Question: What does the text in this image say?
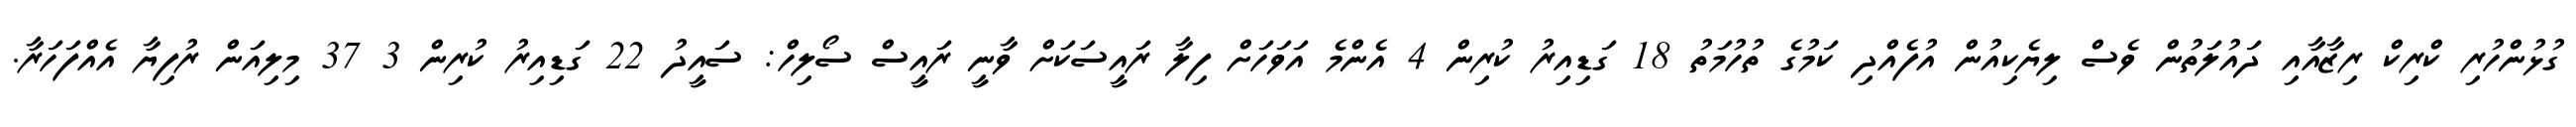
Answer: ގުޅުންހުރި ކްރިކް ރިޒާއާއި ދައުލަތުން ވެސް ލިޔެކިއުން އުފެއްދި ކަމުގެ ތުހުމަތު 18 ގަޑިއިރު ކުރިން 4 އެންމެ އަވަހަށް ފިލާ ރައީސަކަށް ވާނީ ރައީސް ސޯލިހް: ސައީދު 22 ގަޑިއިރު ކުރިން 3 37 މިލިއަން ރުފިޔާ އެއްފަހަރާ.